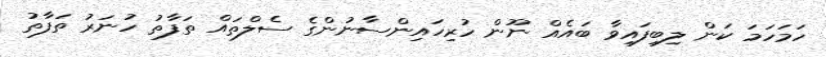
ހަމަހަމަ ކަން ލިބިފައިވާ ބައެއް ނޫން ހުރިހައިންސާނުންގެ ސެލްތައް ތަފާތު ހުނަރު ތަފާތު